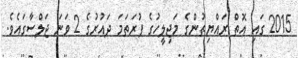
2015 ގައި އޮތް ރައްޔިތުންގެ މަޖިލީހުގެ ފުރަތަމަ ދައުރުގެ 2 ވަނަ ޖަލްސާގައެވެ.